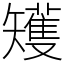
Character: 矱